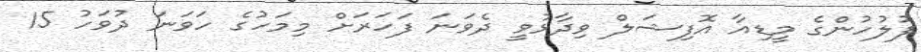
ފުލުހުންގެ މީޑިއާ އޮފިޝަލް ވިދާޅުވީ ދެވަނަ ފަހަރަށް މިމަހުގެ ހަވަނަ ދުވަހު 15